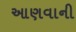
આણવાની